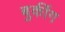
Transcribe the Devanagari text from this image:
बुकींग